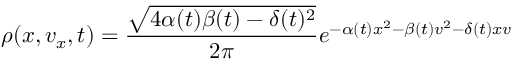
\rho ( x , v _ { x } , t ) = \frac { \sqrt { 4 \alpha ( t ) \beta ( t ) - \delta ( t ) ^ { 2 } } } { 2 \pi } e ^ { - \alpha ( t ) x ^ { 2 } - \beta ( t ) v ^ { 2 } - \delta ( t ) x v }